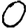
Digit: 0